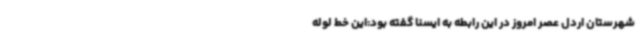
شهرستان اردل عصر امروز در این رابطه به ایسنا گفته بود:این خط لوله